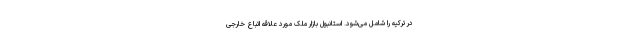
در ترکیه را شامل می‌شود. استانبول بازار ملک مورد علاقه اتباع خارجی